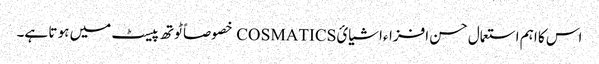
اس کا اہم استعمال حسن افزاءاشیائCOSMATICS خصوصاً ٹوتھ پیسٹ میں ہو تا ہے۔